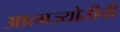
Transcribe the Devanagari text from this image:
आत्मज्योतीची